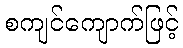
စကျင်ကျောက်ဖြင့်